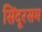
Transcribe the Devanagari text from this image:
सिंदूरसम